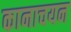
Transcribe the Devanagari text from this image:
कानाचयन